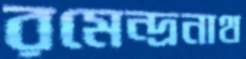
রমেন্দ্রনাথ